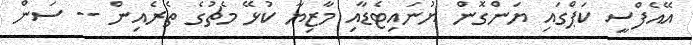
އޭއެފްސީ ކަޕްގައި ޔަންގޮން ޔުނައިޓެޑާއި މާޒިޔާ ކުޅޭ މެޗުގެ ތެރެއިން -- ސަން